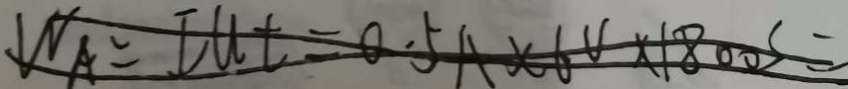
V _ { A } = I u t = 0 . 5 A \times 6 V \times 1 8 0 0 s =